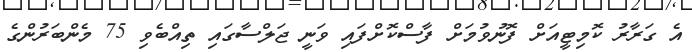
އެ ގަރާރު ކޮމިޓީއަށް ފޮނުވުމަށް ފާސްކޮށްފައި ވަނީ ޖަލްސާގައި ތިއްބެވި 75 މެންބަރުންގެ